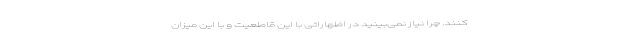
‌کنند. چرا نیاز نمی‌بینید در اظهاراتی با این قاطعیت و با این میزان